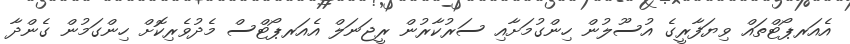
އެއަރޕޯޓްތައް ވިޔަފާރީގެ އުސޫލުން ހިންގުމަށާއި ސަރުކާރުން ރީޖަނަލް އެއަރޕޯޓްސް މެދުވެރިކޮށް ހިންގަމުން ގެންދާ